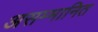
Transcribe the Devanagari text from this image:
असम्मानित